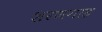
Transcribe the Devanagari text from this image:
शरणगाह